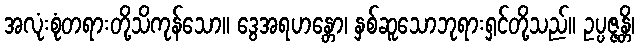
အလုံးစုံတရားတို့သိကုန်သော။ ဒွေအရဟန္တော၊ နှစ်ဆူသောဘုရားရှင်တို့သည်။ ဥပ္ပဇ္ဇန္တိ၊